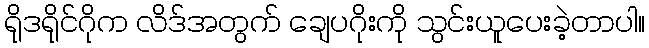
ရိုဒရိုင်ဂိုက လိဒ်အတွက် ချေပဂိုးကို သွင်းယူပေးခဲ့တာပါ။